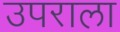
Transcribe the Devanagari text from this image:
उपराला